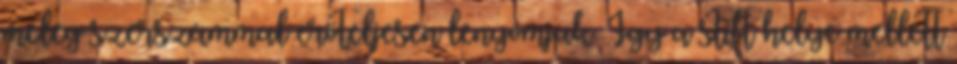
meleg szerszámmal erőteljesen lenyomjuk. Így a stift helye mellett